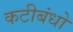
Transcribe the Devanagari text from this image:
कटीबंधो